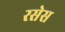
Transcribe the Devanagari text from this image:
रसेस